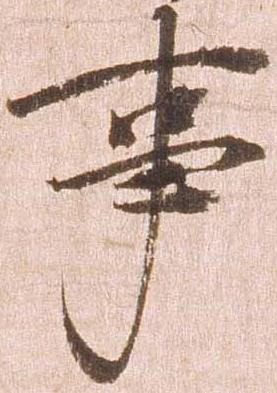
事